Report of the King Institute of Preventive Medicine, Guindy
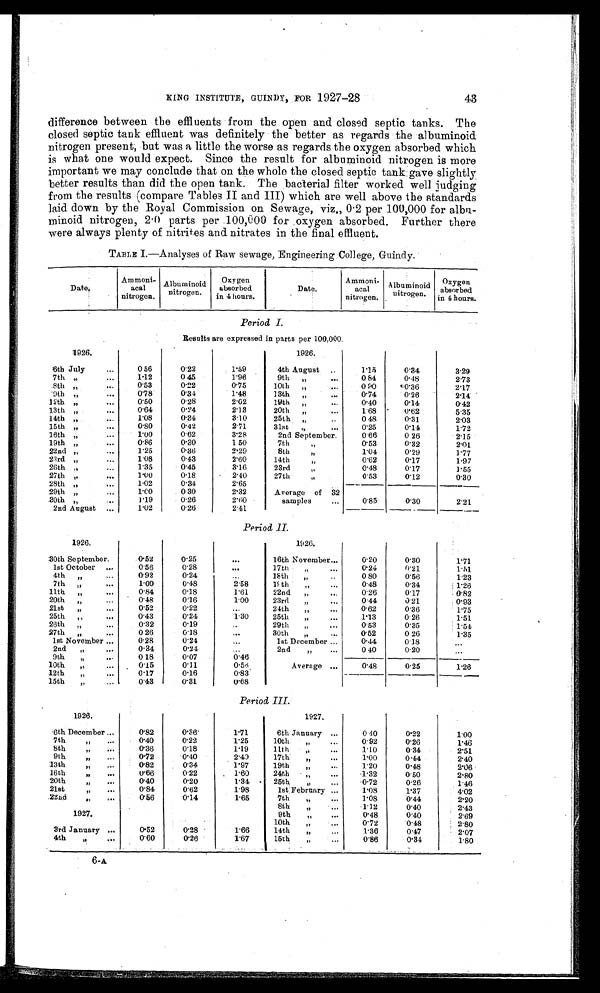
KING INSTITUTE, GUINDY, FOR 1927-28
difference between the effluents from the open and closed septic tanks. The
closed septic tank effluent was definitely the better as regards the albuminoid
nitrogen present, but was a little the worse as regards the oxygen absorbed which
is what one would expect. Since the result for albuminoid nitrogen is more
important we may conclude that on the whole the closed septic tank gave slightly
better results than did the open tank. The bacterial filter worked well judging
from the results (compare Tables II and 1II) which are well above the standards
laid down by the Royal Commission on Sewage, viz., 0.2 per 100,000 for albu--
minoid nitrogen, 2.0 parts per 100,000 for oxygen absorbed. Further there
were always plenty of nitrites and nitrates in the final effluent.
TABLE I.—Analyses of Raw sewage, Engineering College, Guindy.
Date.
Ammoni-
acal
nitrogen.
Albuminoid
nitrogen.
Oxygen
absorbed
in 4 hours.
Date.
Ammoni-
acal
nitrogen.
Albuminoid
nitrogen
.
Oxygen
absorbed
in 4 hours.
Period I.
Results are expressed in parts per 100,000.
1926.
1926.
6th July
...
0.56
0.22
1.59
4th August ..
1.15
0.34
3.29
7th "
...
1.12
0.45
1.96
9th "
...
0.84
0.48
2.73
8th "
0.53
0.22
0.75
10th "
...
0.90
0.36
2.17
9th "
...
0.78
0.34
1.48
13th "
-
0.74
0.26
2.14
12th "
...
0.50
0.28
2.02
19th "
...
0.40
0.14
0.42
13th "
...
0.64
0.24
2.13
20th "
...
1.68
0.62
5.35
14th "
...
1.08
0.34
3.10
25th "
0.48
0.31
2.03
15th "
...
0.80
0.42
2.71
31st "
...
0.25
0.14
1.72
16th "
...
1.00
0.62
3.28
2nd September.
0.66
0.26
2.15
19th "
...
0.86
0.30
1.50
7th
"
0.53
0.32
2.01
22nd "
...
1.25
0.36
2.29
8th
"
1.04
0.29
1.77
23rd "..,
1.08
0.43
2.60
14th
"
0.62
0.17
1.97
26th "
...
1.35
0.45
3.16
23rd
"
0.48
0.17
1.55
27th "
...
1.00
0.18
2.40
27th
"
0.53
0.12
0.30
28th "
...
1.02
0.34
2.65
Average of 32
samples
...
0 . 8 5
0.30
2.21
29th "
...
1.00
0.30
2.32
30th "
..
1.19
0.26
2.60
2nd August ...
1.02
0.26
2.41
Period II.
1926.
1926.
30th September.
0.52
0.25
...
16th November...
0.20
0.30
1.71
1st October ...
0.56
0.28
...
17th
"
...
0.24
0.21
1.51
4th "
...
0.92
0.24
...
18th
"
0.80
0.56
1.23
7th "
...
1.00
0.48
2.58
19th
" ...
0.48
0.34
1.26
11th "
...
0.84
0.18
1.61
22nd "
0.26
0.17
0.82
20th "
...
0.48
0.16
1.00
23rd
"
...
0.44
0.21
0.93
21st "
...
0.52
0.22
...
24th
"
...
0.62
0.36
1.75
25th "
...
0.43
0.24
1.30
25th
"
...
1.13
0.26
1.51
26th "
...
0.32
0.19
..
29th
"
....
0.53
0.35
1.54
27th "
...
0.26
0.18
...
30th
"
...
0.52
0.26
1.35
1st November ...
0.28
0.24
1st December ...
0.44
0.18
...
2nd
"
...
0.34
0.24
...
2nd
"
...
0.40
0.20
...
9th
" ...
0.18
0.07
0.46
Average ...
0.48
0.25
1.26
10th
"
...
0.15
0.11
0.56
12th
"
...
0.17
0.16
0.83
15th
"
. . .
0.43
0.31
0.68
Period III.
1926.
1927.
6th December ...
0.82
0.36
1.71
6th January ...
0.40
0.22
1.00
7th
...
0.40
0.22
1.25
10th
"
...
0.92
0.26
1.46
8th
...
0.36
0.18
1.19
11th
"
...
1.10
0.34
2.51
9th
0.72
0.40
2.40
17th
"
...
1.00
0.44
2.40
13th
0.82
0.34
1.97
19th
"
...
1.20
0.48
2.06
16th
0.66
0.22
1.60
24th
"
...
1.32
0.50
2.80
20th
0.40
0.20
1.34
25th
0.72
0.26
1.46
21st
0.84
0.62
1.98
1st February ...
1.08
1.37
4.02
22nd
"
...
0.56
0.14
1.65
7th
"
1.08
0.44
2.20
1927.
8th
"
1.12
0.40
2.43
9th
0.48
0.40
2.69
10th
"
0.72
0.48
2.80
3rd January ...
0.52
0.28
1.66
14th
"
...
1.36
0.47
2.07
4th " ..
.
0.60
0.26
1.67
15th
"
0.86
0.34
1.80
43
6-A.